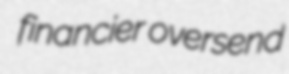
financier oversend